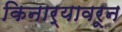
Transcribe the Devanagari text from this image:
किनार्‍यावरून